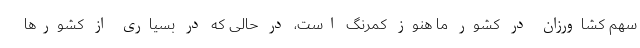
سهم کشاورزان در کشور ما هنوز کمرنگ است، در حالی که در بسیاری از کشورها